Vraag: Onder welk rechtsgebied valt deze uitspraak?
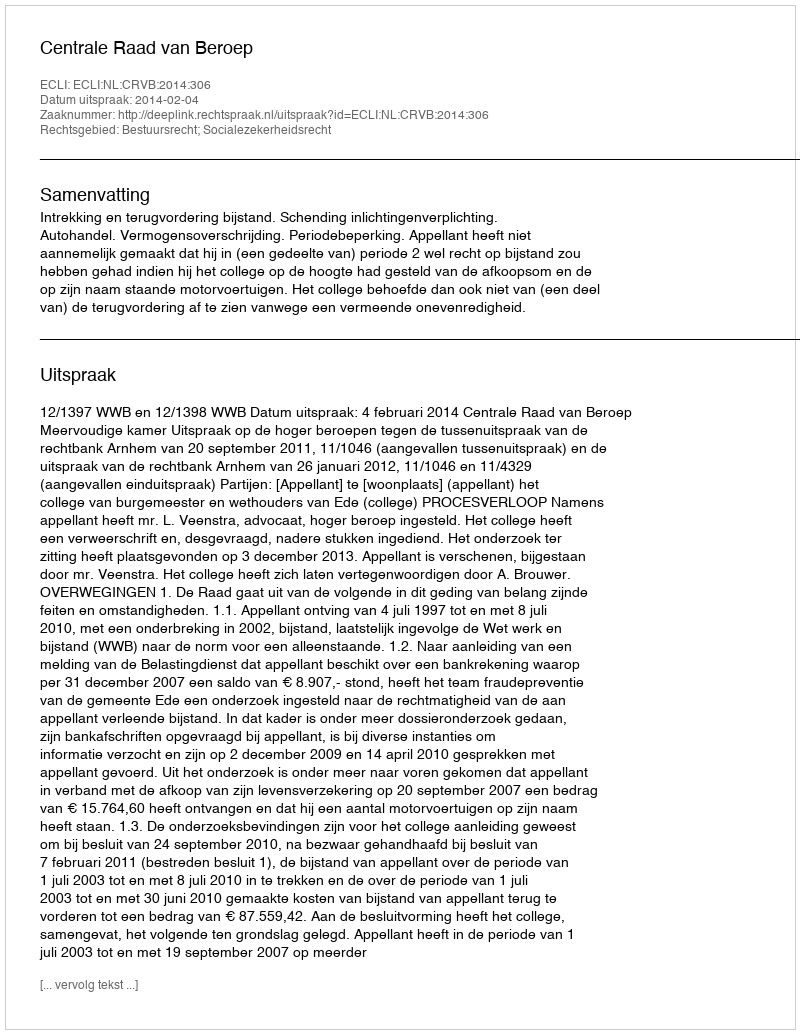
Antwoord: Bestuursrecht; Socialezekerheidsrecht